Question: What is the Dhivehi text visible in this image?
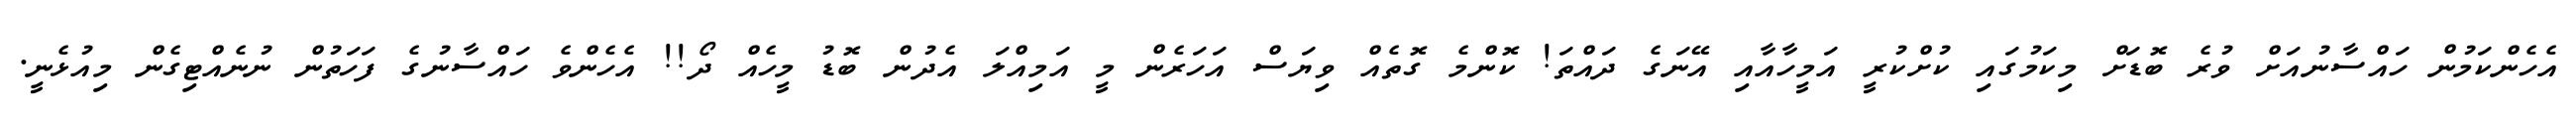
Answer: އެހެންކަމުން ހައްސާނުއަށް ވުރެ ބޮޑަށް މިކަމުގައި ކުށްކުރީ އަމީހާއާއި އޭނަގެ ދައްތަ! ކޮންމެ ގޮތެއް ވިޔަސް އަހަރެން މީ އަމިއްލަ އެދުން ބޮޑު މީހެއް ދޯ!! އެހެންވެ ހައްސާނުގެ ފަހަތުން ނުނެއްޓިގެން މިއުޅެނީ.